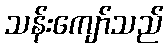
သန်းကျော်သည်